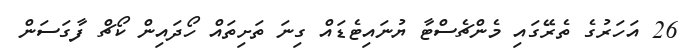
26 އަހަރުގެ ތެރޭގައި މެންޗެސްޓާ ޔުނައިޓެޑައް ގިނަ ތަށިތައް ހޯދައިިން ކޯޗް ފާގަސަން